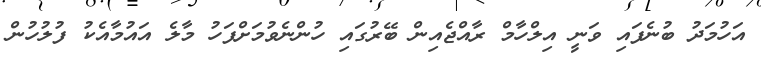
އަހުމަދު ބުނެފައި ވަނީ އިލްހާމް ރާއްޖެއިން ބޭރުގައި ހުންނެވުމަށްފަހު މާލެ އައުމާއެކު ފުލުހުން